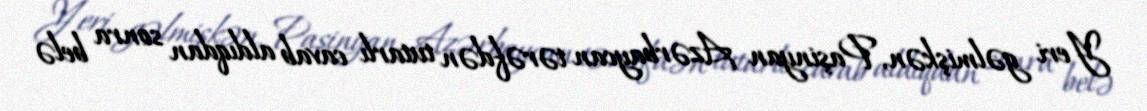
Yeri gəlmişkən, Paşinyan Azərbaycan tərəfdən tutarlı cavab aldıqdan sonra belə